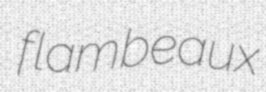
flambeaux